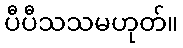
ပီပီသသမဟုတ်။